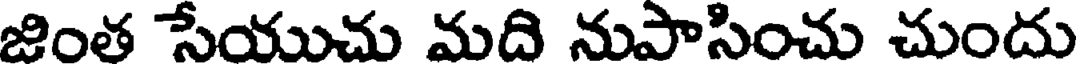
జింత సేయుచు మది నుపాసించు చుందు